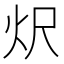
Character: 𭴐